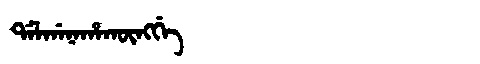
Manchu: ᡩᠠᠯᡤᠠᠨᠠᡥᠠᡴᡡᠩᡤᡝ
Romanization: DALGANAHAKŪNGGE